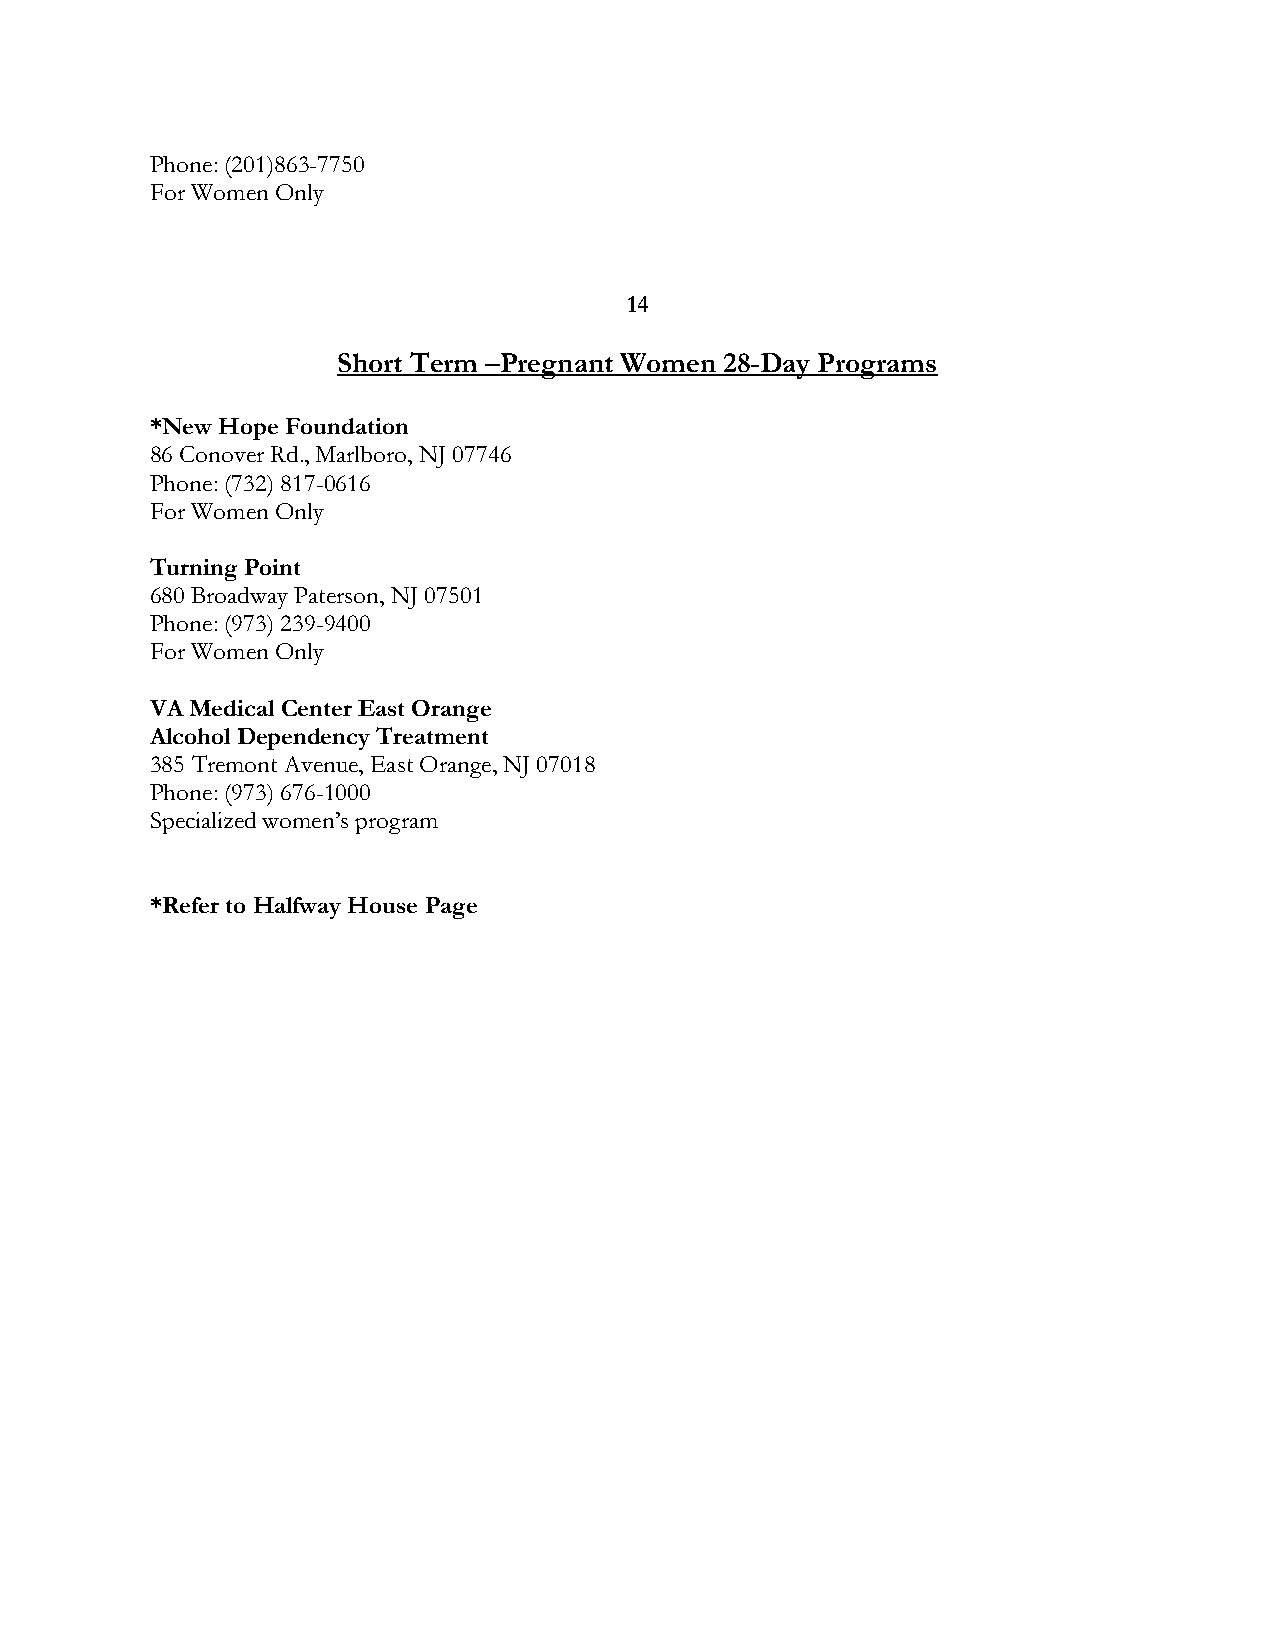
Phone: (201)863-7750
 For Women Only
 14
 Short Term –Pregnant Women 28-Day Programs
 *New Hope Foundation
 86 Conover Rd., Marlboro, NJ 07746
 Phone: (732) 817-0616
 For Women Only
 Turning Point
 680 Broadway Paterson, NJ 07501
 Phone: (973) 239-9400
 For Women Only
 VA Medical Center East Orange
 Alcohol Dependency Treatment
 385 Tremont Avenue, East Orange, NJ 07018
 Phone: (973) 676-1000
 Specialized women’s program
 *Refer to Halfway House Page